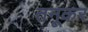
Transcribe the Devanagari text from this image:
तनूकर